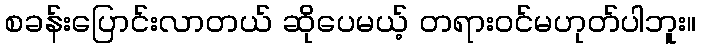
စခန်းပြောင်းလာတယ် ဆိုပေမယ့် တရားဝင်မဟုတ်ပါဘူး။